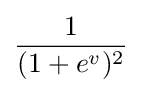
{\frac {1}{(1+e^{v})^{2}}}